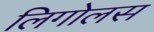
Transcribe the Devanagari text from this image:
लिगोलस